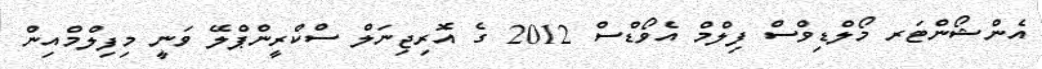
އެންޝޯންޓަރ މޯލްޑިވްސް ފިލްމް އެވޯޑްސް 2012 ގެ އޮރިޖިނަލް ސްކްރީންޕްލޭ ވަނީ މިފިލްމްއިން